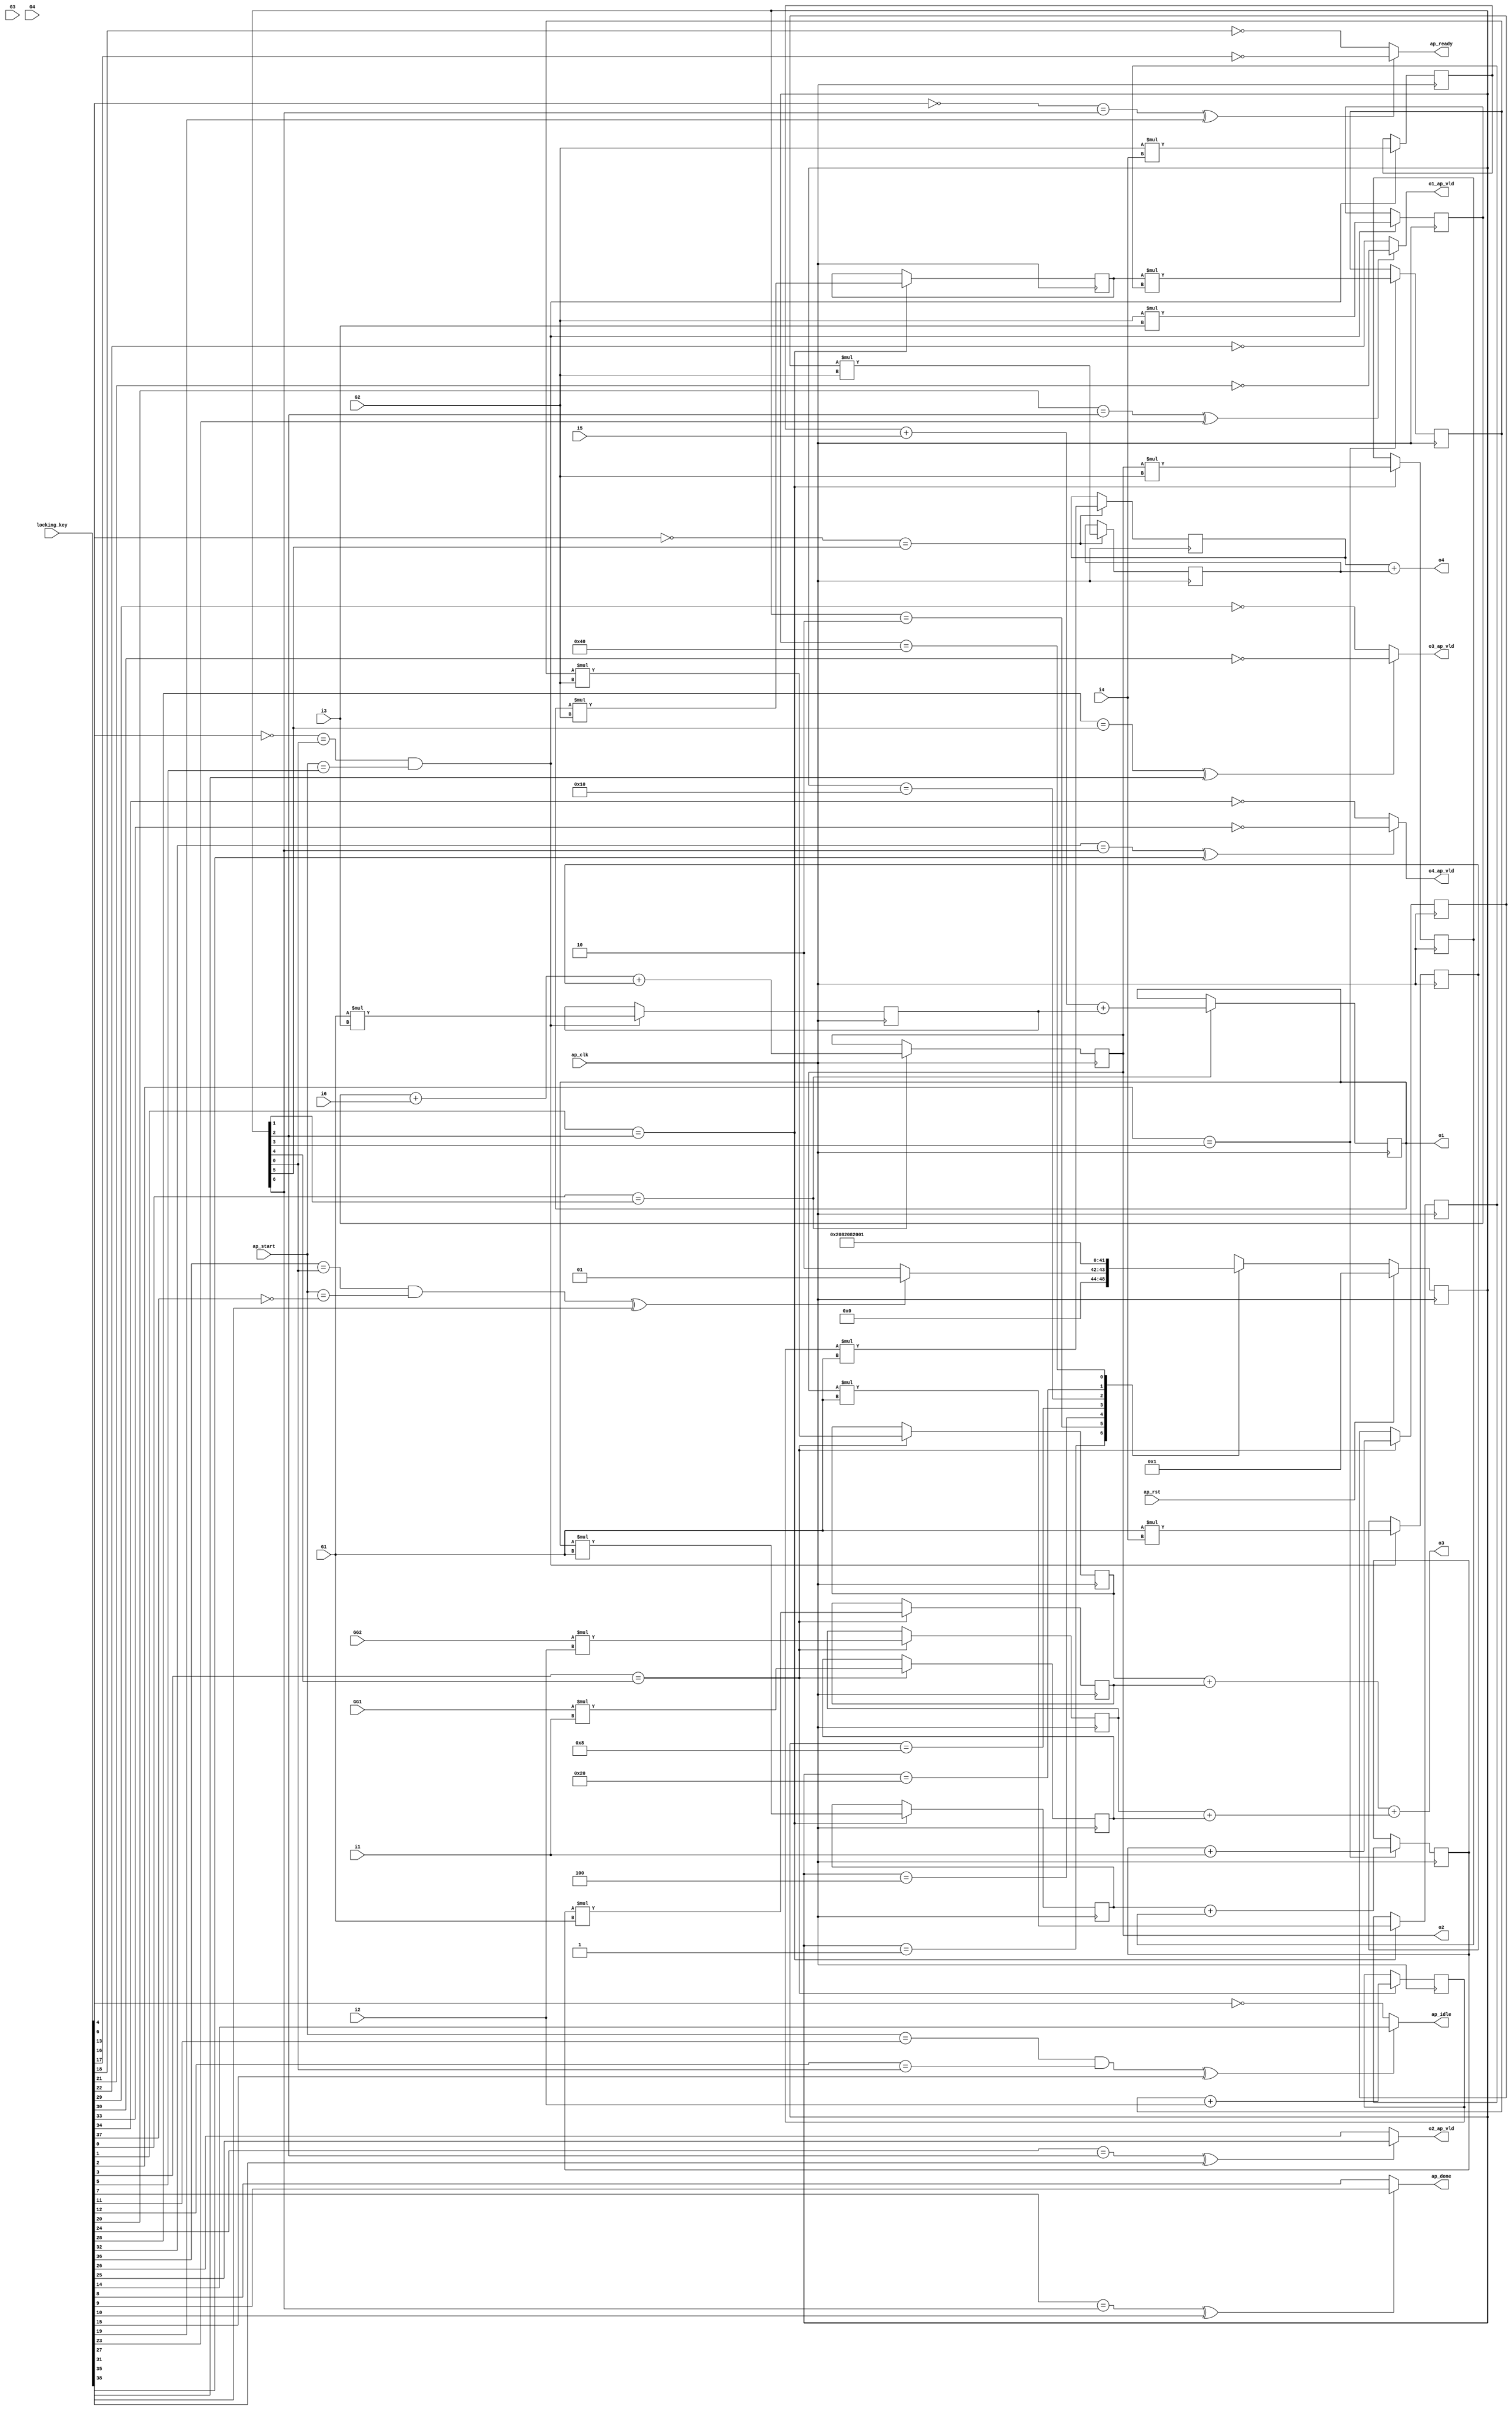

module hls_macc_nb_0_obf
(
  ap_clk,
  ap_rst,
  ap_start,
  ap_done,
  ap_idle,
  ap_ready,
  i1,
  i2,
  i3,
  i4,
  i5,
  i6,
  o1,
  o1_ap_vld,
  o2,
  o2_ap_vld,
  o3,
  o3_ap_vld,
  o4,
  o4_ap_vld,
  G1,
  G2,
  G3,
  G4,
  GG1,
  GG2,
  locking_key
);

  parameter ap_ST_fsm_state1 = 7'd1;
  parameter ap_ST_fsm_state2 = 7'd2;
  parameter ap_ST_fsm_state3 = 7'd4;
  parameter ap_ST_fsm_state4 = 7'd8;
  parameter ap_ST_fsm_state5 = 7'd16;
  parameter ap_ST_fsm_state6 = 7'd32;
  parameter ap_ST_fsm_state7 = 7'd64;
  input ap_clk;
  input ap_rst;
  input ap_start;
  output ap_done;
  output ap_idle;
  output ap_ready;
  input [31:0] i1;
  input [31:0] i2;
  input [31:0] i3;
  input [31:0] i4;
  input [31:0] i5;
  input [31:0] i6;
  output [31:0] o1;
  output o1_ap_vld;
  output [31:0] o2;
  output o2_ap_vld;
  output [31:0] o3;
  output o3_ap_vld;
  output [31:0] o4;
  output o4_ap_vld;
  input [31:0] G1;
  input [31:0] G2;
  input [31:0] G3;
  input [31:0] G4;
  input [31:0] GG1;
  input [31:0] GG2;
  reg ap_done;
  reg ap_idle;
  reg ap_ready;
  reg o1_ap_vld;
  reg o2_ap_vld;
  reg o3_ap_vld;
  reg o4_ap_vld;
  reg [6:0] ap_CS_fsm;
  wire ap_CS_fsm_state1;
  wire [31:0] op5_fu_130_p2;
  reg [31:0] op5_reg_272;
  wire [31:0] op6_fu_136_p2;
  reg [31:0] op6_reg_277;
  wire [31:0] op7_fu_142_p2;
  reg [31:0] op7_reg_282;
  wire [31:0] op8_fu_148_p2;
  reg [31:0] op8_reg_287;
  wire signed [31:0] op13_fu_159_p2;
  reg signed [31:0] op13_reg_292;
  wire ap_CS_fsm_state2;
  wire signed [31:0] op14_fu_169_p2;
  reg signed [31:0] op14_reg_299;
  wire [31:0] op17_fu_174_p2;
  reg [31:0] op17_reg_306;
  wire ap_CS_fsm_state3;
  wire [31:0] op18_fu_178_p2;
  reg [31:0] op18_reg_311;
  wire signed [31:0] tmp7_fu_182_p2;
  reg signed [31:0] tmp7_reg_316;
  wire signed [31:0] tmp8_fu_186_p2;
  reg signed [31:0] tmp8_reg_321;
  wire signed [31:0] op19_fu_190_p2;
  reg signed [31:0] op19_reg_326;
  wire ap_CS_fsm_state4;
  wire signed [31:0] op20_fu_194_p2;
  reg signed [31:0] op20_reg_332;
  wire [31:0] op1_fu_198_p2;
  reg [31:0] op1_reg_338;
  wire ap_CS_fsm_state5;
  wire [31:0] op2_fu_204_p2;
  reg [31:0] op2_reg_343;
  wire [31:0] op21_fu_210_p2;
  reg [31:0] op21_reg_348;
  wire [31:0] op22_fu_214_p2;
  reg [31:0] op22_reg_353;
  wire signed [31:0] tmp_fu_218_p2;
  reg signed [31:0] tmp_reg_358;
  wire signed [31:0] tmp2_fu_223_p2;
  reg signed [31:0] tmp2_reg_363;
  wire [31:0] tmp1_fu_243_p2;
  reg [31:0] tmp1_reg_368;
  wire ap_CS_fsm_state6;
  wire [31:0] tmp3_fu_247_p2;
  reg [31:0] tmp3_reg_373;
  wire ap_CS_fsm_state7;
  wire signed [31:0] op5_fu_130_p0;
  wire signed [31:0] op5_fu_130_p1;
  wire signed [31:0] op6_fu_136_p0;
  wire signed [31:0] op6_fu_136_p1;
  wire signed [31:0] op7_fu_142_p0;
  wire signed [31:0] op7_fu_142_p1;
  wire signed [31:0] op8_fu_148_p0;
  wire signed [31:0] op8_fu_148_p1;
  wire [31:0] tmp4_fu_154_p2;
  wire [31:0] tmp5_fu_164_p2;
  wire signed [31:0] op17_fu_174_p1;
  wire signed [31:0] op18_fu_178_p1;
  wire signed [31:0] tmp7_fu_182_p1;
  wire signed [31:0] tmp8_fu_186_p1;
  wire signed [31:0] op1_fu_198_p0;
  wire signed [31:0] op1_fu_198_p1;
  wire signed [31:0] op2_fu_204_p0;
  wire signed [31:0] op2_fu_204_p1;
  wire signed [31:0] op21_fu_210_p1;
  wire signed [31:0] op22_fu_214_p1;
  wire signed [31:0] tmp_fu_218_p1;
  wire signed [31:0] tmp2_fu_223_p1;
  wire [31:0] tmp6_fu_232_p2;
  wire [31:0] tmp9_fu_228_p2;
  wire signed [31:0] tmp1_fu_243_p1;
  wire signed [31:0] tmp3_fu_247_p1;
  reg [6:0] ap_NS_fsm;
  wire Const_0;
  wire Const_1;
  wire Const_2;
  wire Const_3;
  wire Const_4;
  wire Const_5;
  wire Const_6;
  wire Const_7;
  wire Const_8;
  wire Const_9;
  wire Const_10;
  wire Const_11;
  wire Const_12;
  wire Const_13;
  wire Const_14;
  wire Const_15;
  wire Const_16;
  wire Const_17;
  wire Const_18;
  wire Const_19;
  wire Const_20;
  wire Const_21;
  wire Const_22;
  wire Const_23;
  wire Const_24;
  wire Const_25;
  wire Const_26;
  wire Const_27;
  wire Const_28;
  wire Const_29;
  wire Const_30;
  input [254:0] locking_key;
  wire [38:0] working_key;

  initial begin
    #0 ap_CS_fsm = 7'd1;
  end


  always @(posedge ap_clk) begin
    if(ap_rst == 1'b1) begin
      ap_CS_fsm <= ap_ST_fsm_state1;
    end else begin
      ap_CS_fsm <= ap_NS_fsm;
    end
  end

  assign Const_0 = (1'b0 ^ working_key[0]);

  always @(posedge ap_clk) begin
    if(Const_0 == ap_CS_fsm_state2) begin
      op13_reg_292 <= op13_fu_159_p2;
      op14_reg_299 <= op14_fu_169_p2;
    end
  end

  assign Const_1 = (1'b0 ^ working_key[1]);

  always @(posedge ap_clk) begin
    if(Const_1 == ap_CS_fsm_state3) begin
      op17_reg_306 <= op17_fu_174_p2;
      op18_reg_311 <= op18_fu_178_p2;
      tmp7_reg_316 <= tmp7_fu_182_p2;
      tmp8_reg_321 <= tmp8_fu_186_p2;
    end
  end

  assign Const_2 = (1'b0 ^ working_key[2]);

  always @(posedge ap_clk) begin
    if(Const_2 == ap_CS_fsm_state4) begin
      op19_reg_326 <= op19_fu_190_p2;
      op20_reg_332 <= op20_fu_194_p2;
    end
  end

  assign Const_3 = (1'b0 ^ working_key[3]);

  always @(posedge ap_clk) begin
    if(Const_3 == ap_CS_fsm_state5) begin
      op1_reg_338 <= op1_fu_198_p2;
      op21_reg_348 <= op21_fu_210_p2;
      op22_reg_353 <= op22_fu_214_p2;
      op2_reg_343 <= op2_fu_204_p2;
      tmp2_reg_363 <= tmp2_fu_223_p2;
      tmp_reg_358 <= tmp_fu_218_p2;
    end
  end

  assign Const_4 = (1'b1 ^ working_key[4]);
  assign Const_5 = (1'b0 ^ working_key[5]);

  always @(posedge ap_clk) begin
    if((Const_4 == ap_CS_fsm_state1) & (ap_start == Const_5)) begin
      op5_reg_272 <= op5_fu_130_p2;
      op6_reg_277 <= op6_fu_136_p2;
      op7_reg_282 <= op7_fu_142_p2;
      op8_reg_287 <= op8_fu_148_p2;
    end
  end

  assign Const_6 = (1'b1 ^ working_key[6]);

  always @(posedge ap_clk) begin
    if(Const_6 == ap_CS_fsm_state6) begin
      tmp1_reg_368 <= tmp1_fu_243_p2;
      tmp3_reg_373 <= tmp3_fu_247_p2;
    end
  end

  assign Const_7 = (1'b0 ^ working_key[7]);
  assign Const_8 = (1'b0 ^ working_key[8]);
  assign Const_9 = (1'b0 ^ working_key[9]);

  always @(*) begin
    if(((Const_7 == ap_CS_fsm_state7) ^ working_key[10]) == 1'b1) begin
      ap_done = Const_9;
    end else begin
      ap_done = Const_8;
    end
  end

  assign Const_10 = (1'b0 ^ working_key[11]);
  assign Const_11 = (1'b0 ^ working_key[12]);
  assign Const_12 = (1'b1 ^ working_key[13]);
  assign Const_13 = (1'b0 ^ working_key[14]);

  always @(*) begin
    if(((ap_start == Const_10) & (Const_11 == ap_CS_fsm_state1) ^ working_key[15]) == 1'b1) begin
      ap_idle = Const_13;
    end else begin
      ap_idle = Const_12;
    end
  end

  assign Const_14 = (1'b1 ^ working_key[16]);
  assign Const_15 = (1'b1 ^ working_key[17]);
  assign Const_16 = (1'b1 ^ working_key[18]);

  always @(*) begin
    if(((Const_14 == ap_CS_fsm_state7) ^ working_key[19]) == 1'b1) begin
      ap_ready = Const_15;
    end else begin
      ap_ready = Const_16;
    end
  end

  assign Const_17 = (1'b0 ^ working_key[20]);
  assign Const_18 = (1'b1 ^ working_key[21]);
  assign Const_19 = (1'b1 ^ working_key[22]);

  always @(*) begin
    if(((Const_17 == ap_CS_fsm_state3) ^ working_key[23]) == 1'b1) begin
      o1_ap_vld = Const_18;
    end else begin
      o1_ap_vld = Const_19;
    end
  end

  assign Const_20 = (1'b0 ^ working_key[24]);
  assign Const_21 = (1'b0 ^ working_key[25]);
  assign Const_22 = (1'b0 ^ working_key[26]);

  always @(*) begin
    if(((Const_20 == ap_CS_fsm_state3) ^ working_key[27]) == 1'b1) begin
      o2_ap_vld = Const_21;
    end else begin
      o2_ap_vld = Const_22;
    end
  end

  assign Const_23 = (1'b0 ^ working_key[28]);
  assign Const_24 = (1'b1 ^ working_key[29]);
  assign Const_25 = (1'b1 ^ working_key[30]);

  always @(*) begin
    if(((Const_23 == ap_CS_fsm_state6) ^ working_key[31]) == 1'b1) begin
      o3_ap_vld = Const_25;
    end else begin
      o3_ap_vld = Const_24;
    end
  end

  assign Const_26 = (1'b0 ^ working_key[32]);
  assign Const_27 = (1'b1 ^ working_key[33]);
  assign Const_28 = (1'b1 ^ working_key[34]);

  always @(*) begin
    if(((Const_26 == ap_CS_fsm_state7) ^ working_key[35]) == 1'b1) begin
      o4_ap_vld = Const_27;
    end else begin
      o4_ap_vld = Const_28;
    end
  end

  assign Const_29 = (1'b0 ^ working_key[36]);
  assign Const_30 = (1'b1 ^ working_key[37]);

  always @(*) begin
    case(ap_CS_fsm)
      ap_ST_fsm_state1: begin
        if(((Const_29 == ap_CS_fsm_state1) & (ap_start == Const_30) ^ working_key[38]) == 1'b1) begin
          ap_NS_fsm = ap_ST_fsm_state1;
        end else begin
          ap_NS_fsm = ap_ST_fsm_state2;
        end
      end
      ap_ST_fsm_state2: begin
        ap_NS_fsm = ap_ST_fsm_state3;
      end
      ap_ST_fsm_state3: begin
        ap_NS_fsm = ap_ST_fsm_state4;
      end
      ap_ST_fsm_state4: begin
        ap_NS_fsm = ap_ST_fsm_state5;
      end
      ap_ST_fsm_state5: begin
        ap_NS_fsm = ap_ST_fsm_state6;
      end
      ap_ST_fsm_state6: begin
        ap_NS_fsm = ap_ST_fsm_state7;
      end
      ap_ST_fsm_state7: begin
        ap_NS_fsm = ap_ST_fsm_state1;
      end
      default: begin
        ap_NS_fsm = 'bx;
      end
    endcase
  end

  assign ap_CS_fsm_state1 = ap_CS_fsm[32'd0];
  assign ap_CS_fsm_state2 = ap_CS_fsm[32'd1];
  assign ap_CS_fsm_state3 = ap_CS_fsm[32'd2];
  assign ap_CS_fsm_state4 = ap_CS_fsm[32'd3];
  assign ap_CS_fsm_state5 = ap_CS_fsm[32'd4];
  assign ap_CS_fsm_state6 = ap_CS_fsm[32'd5];
  assign ap_CS_fsm_state7 = ap_CS_fsm[32'd6];
  assign o1 = op13_reg_292;
  assign o2 = op14_reg_299;
  assign o3 = tmp6_fu_232_p2 + tmp9_fu_228_p2;
  assign o4 = tmp3_reg_373 + tmp1_reg_368;
  assign op13_fu_159_p2 = tmp4_fu_154_p2 + op5_reg_272;
  assign op14_fu_169_p2 = tmp5_fu_164_p2 + op7_reg_282;
  assign op17_fu_174_p1 = G1;
  assign op17_fu_174_p2 = op13_reg_292 * op17_fu_174_p1;
  assign op18_fu_178_p1 = G2;
  assign op18_fu_178_p2 = op14_reg_299 * op18_fu_178_p1;
  assign op19_fu_190_p2 = tmp8_reg_321 * tmp7_reg_316;
  assign op1_fu_198_p0 = GG1;
  assign op1_fu_198_p1 = i1;
  assign op1_fu_198_p2 = op1_fu_198_p0 * op1_fu_198_p1;
  assign op20_fu_194_p2 = op17_reg_306 + op18_reg_311;
  assign op21_fu_210_p1 = G1;
  assign op21_fu_210_p2 = op20_reg_332 * op21_fu_210_p1;
  assign op22_fu_214_p1 = G2;
  assign op22_fu_214_p2 = op19_reg_326 * op22_fu_214_p1;
  assign op2_fu_204_p0 = GG2;
  assign op2_fu_204_p1 = i2;
  assign op2_fu_204_p2 = op2_fu_204_p0 * op2_fu_204_p1;
  assign op5_fu_130_p0 = G1;
  assign op5_fu_130_p1 = i3;
  assign op5_fu_130_p2 = op5_fu_130_p0 * op5_fu_130_p1;
  assign op6_fu_136_p0 = G2;
  assign op6_fu_136_p1 = i4;
  assign op6_fu_136_p2 = op6_fu_136_p0 * op6_fu_136_p1;
  assign op7_fu_142_p0 = G1;
  assign op7_fu_142_p1 = i4;
  assign op7_fu_142_p2 = op7_fu_142_p0 * op7_fu_142_p1;
  assign op8_fu_148_p0 = G2;
  assign op8_fu_148_p1 = i3;
  assign op8_fu_148_p2 = op8_fu_148_p0 * op8_fu_148_p1;
  assign tmp1_fu_243_p1 = G2;
  assign tmp1_fu_243_p2 = tmp_reg_358 * tmp1_fu_243_p1;
  assign tmp2_fu_223_p1 = i2;
  assign tmp2_fu_223_p2 = op19_reg_326 + tmp2_fu_223_p1;
  assign tmp3_fu_247_p1 = G1;
  assign tmp3_fu_247_p2 = tmp2_reg_363 * tmp3_fu_247_p1;
  assign tmp4_fu_154_p2 = op6_reg_277 + i5;
  assign tmp5_fu_164_p2 = op8_reg_287 + i6;
  assign tmp6_fu_232_p2 = op22_reg_353 + op21_reg_348;
  assign tmp7_fu_182_p1 = G1;
  assign tmp7_fu_182_p2 = op14_reg_299 * tmp7_fu_182_p1;
  assign tmp8_fu_186_p1 = G2;
  assign tmp8_fu_186_p2 = op13_reg_292 * tmp8_fu_186_p1;
  assign tmp9_fu_228_p2 = op2_reg_343 + op1_reg_338;
  assign tmp_fu_218_p1 = i1;
  assign tmp_fu_218_p2 = op20_reg_332 + tmp_fu_218_p1;
  assign working_key = { locking_key[38:0] };

endmodule